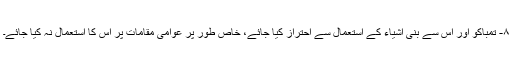
۸- تمباکو اور اس سے بنی اشیاء کے استعمال سے احتراز کیا جائے، خاص طور پر عوامی مقامات پر اس کا استعمال نہ کیا جائے۔